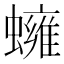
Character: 𧒱